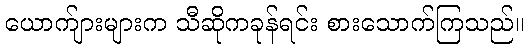
ယောက်ျားများက သီဆိုကခုန်ရင်း စားသောက်ကြသည်။